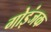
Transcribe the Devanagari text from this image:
गोइंजक